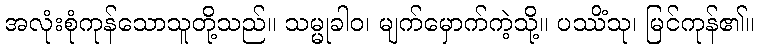
အလုံးစုံကုန်သောသူတို့သည်။ သမ္မုခါဝ၊ မျက်မှောက်ကဲ့သို့။ ပဿိံသု၊ မြင်ကုန်၏။